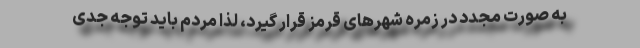
به صورت مجدد در زمره شهرهای قرمز قرار گیرد، لذا مردم باید توجه جدی